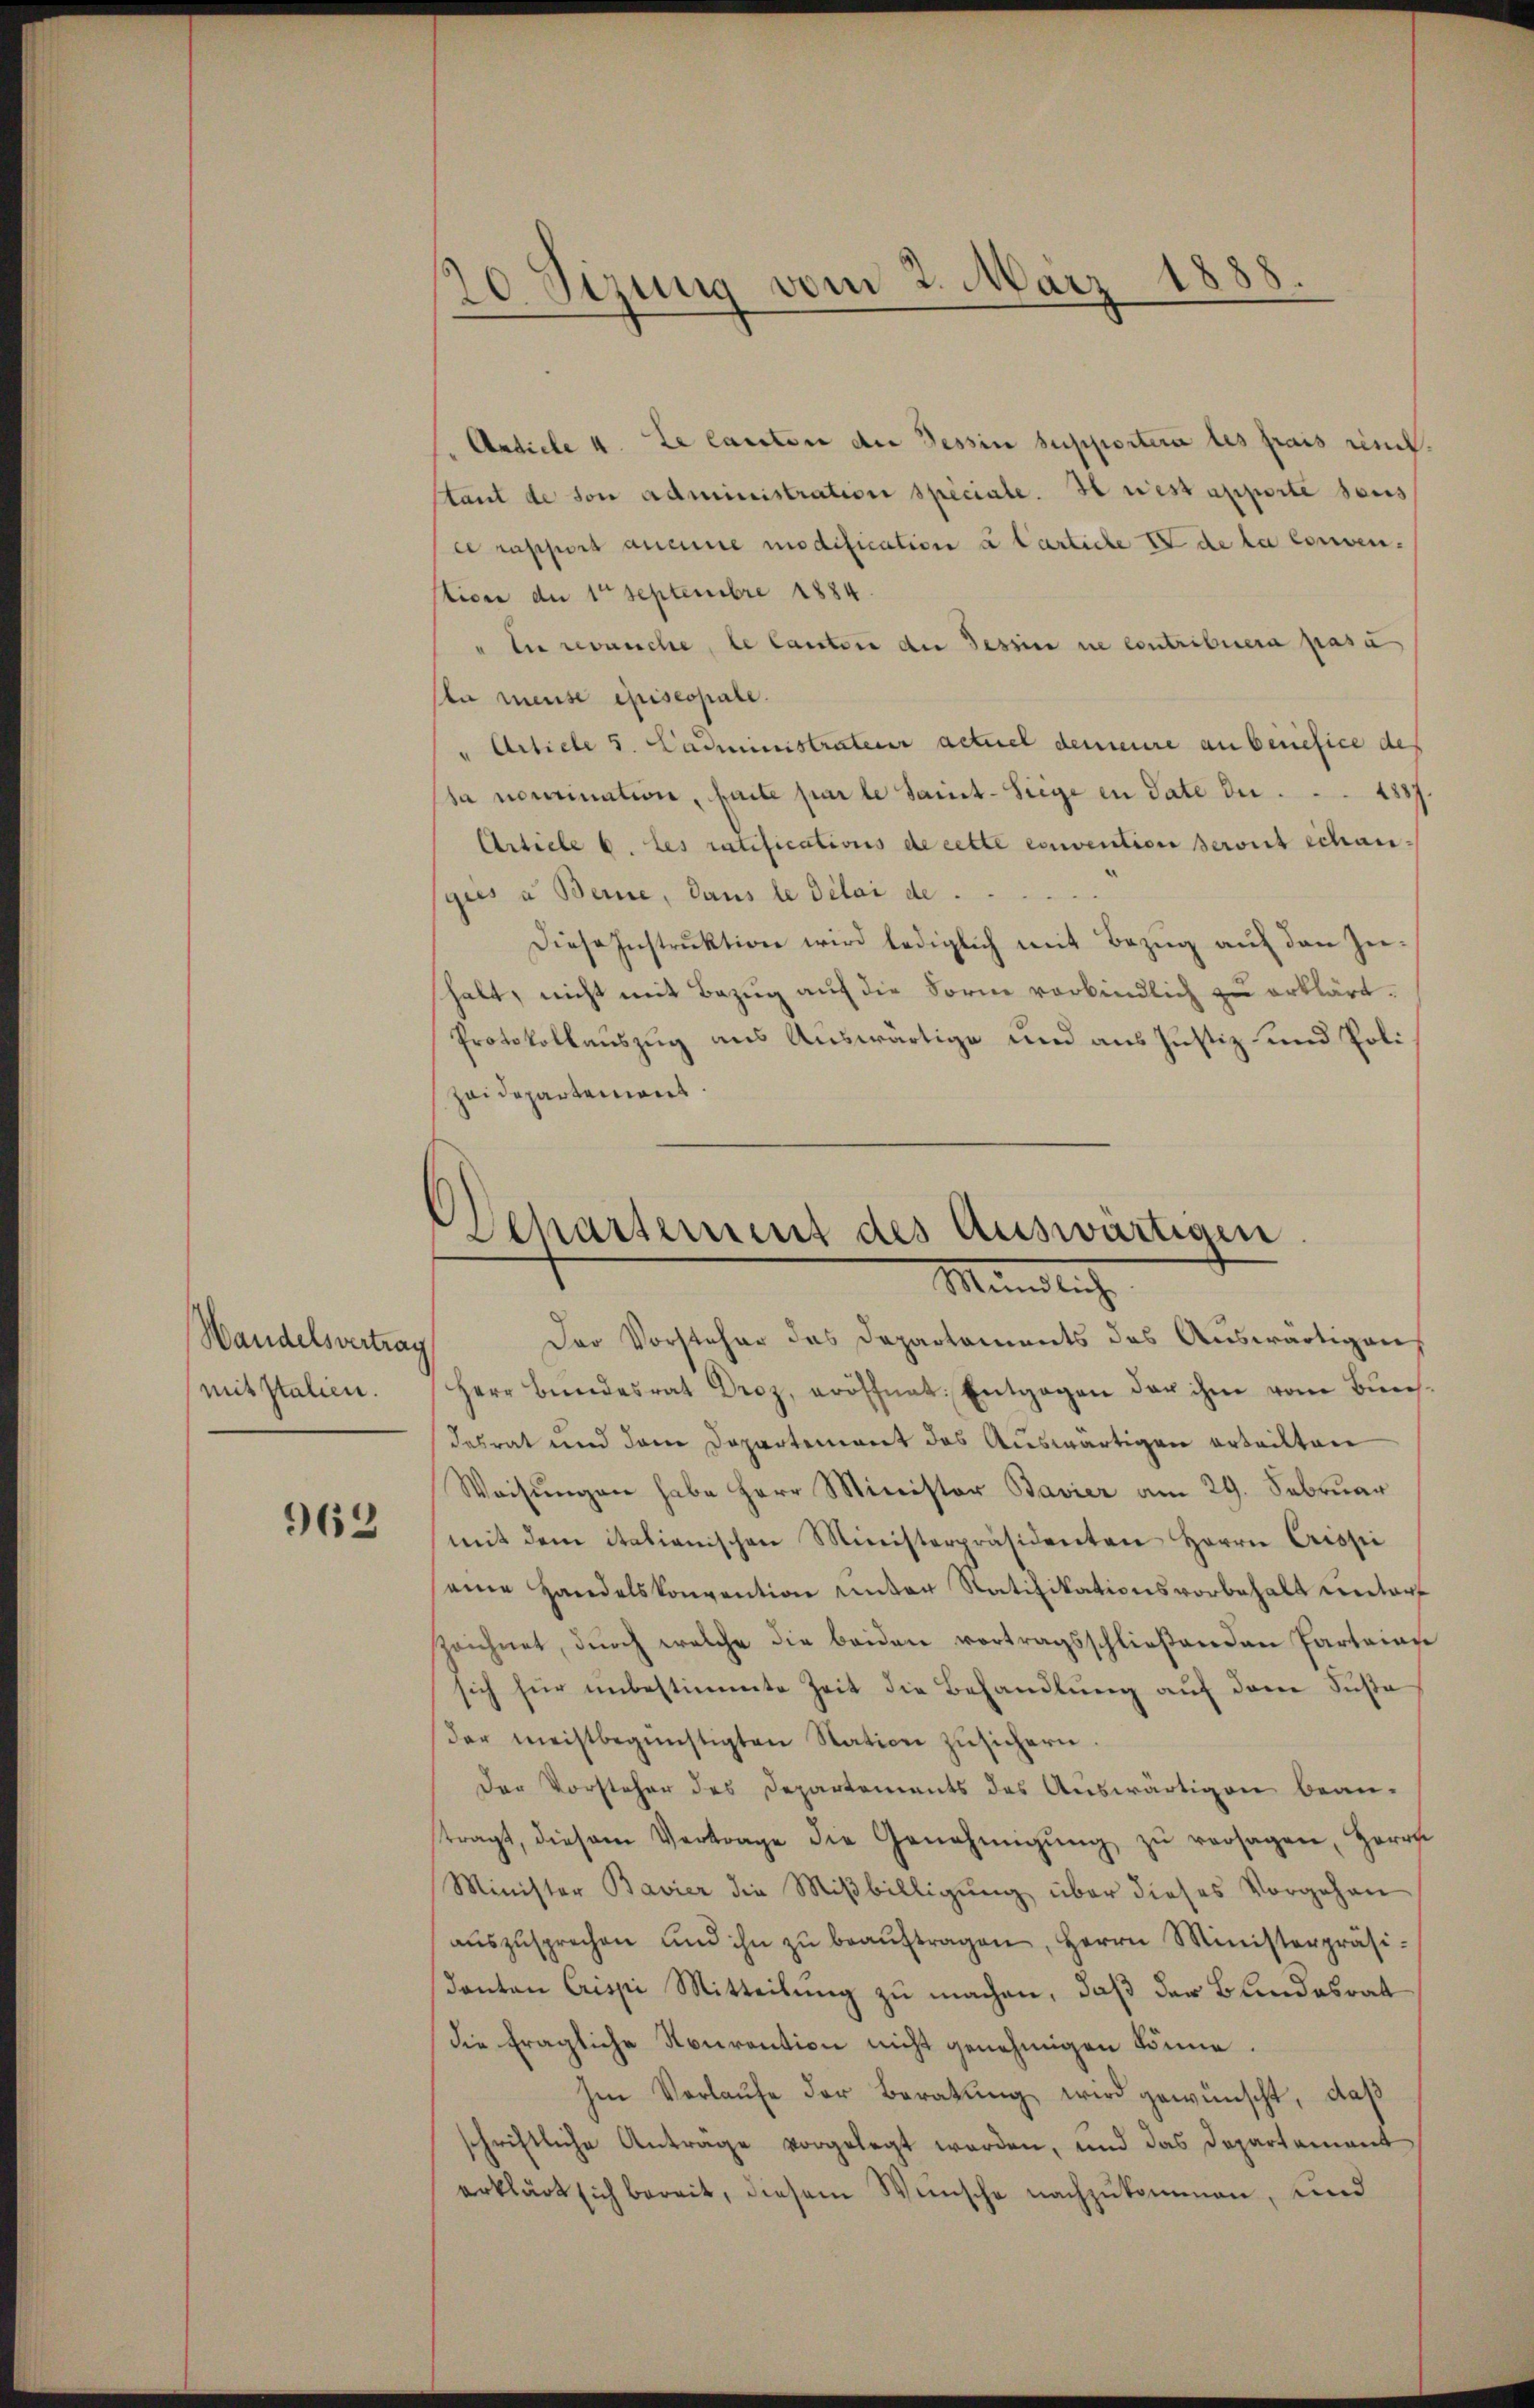
Wandelsvertrag
mit Italien.

962

Article 4. Le lauten der Tessin supportire les frais risch.
stant de son administration speciale. Il rest apporte sans
ce rapport aucune modification à Carliche IV de la conven-
tice der 1te Septembre 1884.
Ei revanche, le Cantone der Tessin ne contribuera pasa
la mense episcopale.
" Article s. Cadministrateur actuel demeure anberiefice des
sa nomination, faite par le Saint-Siege in Sate der . . . 4257.
Article 6. Les ratifications de cette convention seront échan
gies a Berne, dans le délai de
Diese Instrŭktion wird lediglich mit Bezŭg aŭf den Zu-
shalt, nicht mit Bezug auf die Form verbindlich zu erklärt.
Protokollauszug aus Auswärtige und aus Justiz- und Polizeidepartement

Der Vorsteher des Departements des Auswärtigen
Herr Bŭndesrat Droz, eröffnet. Entgegen der ihm vom Buch-
desrat und dem Departement das Auswärtigen erteilten
Weisŭngen habe Herr Minister Bavier am 29. Februar
mit dem italianischen Ministerpräsidenten Herrn Crissei
seine Handelskonvention unter Ratifikationsvorbehalt unters
zeichnet, durch welche die beiden vortragsschließenden Parteiare
sich für unbestimmte Zeit die Behandlung auf dem Suste
der meistbegünstigten Station zŭsichern.
Der Vorsteher des Departements des Auswärtigen bean-
tragt, diesem Vertrage die Genehmigŭng zŭ versagen, Herrs
Minister Bavier die Miβbilligŭng über dieses Vorgehen
aŭszŭsprechen und ihn zŭ beaŭftragen, Herrn Ministerpräsi-
danten Crissi Mitteilung zu machen, daß der Bundesrat
die fragliche Nourantion nicht genehmigen könne.
Im Verlaŭfe der Beratung wird gewünscht, daß
schriftliche Antrage vorgelegt worden, und das Departement
erklärt sich bereit, diesem Wünsche nachzukommen, und

8.
20 Sizung vom 2. März 1885.

Departement des Auswärtigen
Mändlich